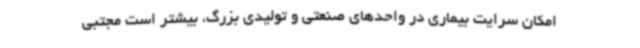
امکان سرایت بیماری در واحدهای صنعتی و تولیدی بزرگ، بیشتر است مجتبی